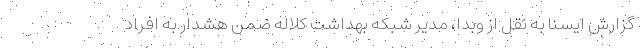
گزارش ایسنا به نقل از وبدا، مدیر شبکه بهداشت کلاله ضمن هشدار به افراد